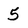
Character: 5